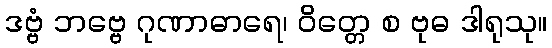
ဒဗ္ဗံ ဘဗ္ဗေ ဂုဏာဓာရေ၊ ဝိတ္တေ စ ဗုဓ ဒါရုသု။